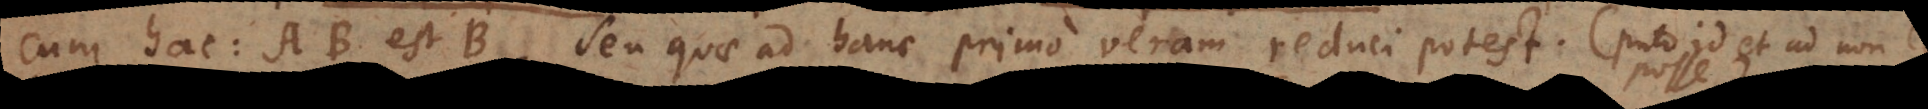
cum hac: AB est B, seu quae ad hanc primo veram reduci potest. (Puto id et ad non‐